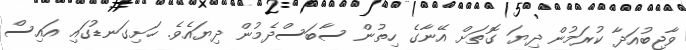
ވާޖިބުއަދާ ކުރަމުން ދިޔަ ގޮތަށް އޭނާގެ ހިތުން ސާބަސްދެމުން ދިޔައެވެ. ހަށިގަނޑުގައި އައިސް